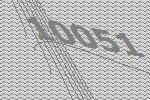
10051